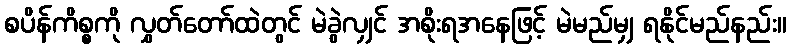
စပိန်ကိစ္စကို လွှတ်တော်ထဲတွင် မဲခွဲလျှင် အစိုးရအနေဖြင့် မဲမည်မျှ ရနိုင်မည်နည်း။